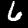
Digit: 6